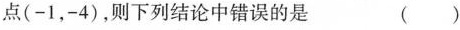
点(-1，-4)，则下列结论中错误的是 ( )